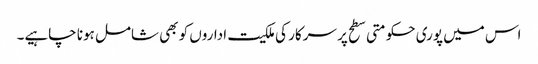
اس میں پوری حکومتی سطح پر سرکار کی ملکیت اداروں کو بھی شامل ہونا چاہیے۔